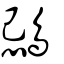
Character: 鵋